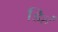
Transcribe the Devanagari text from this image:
डिहं